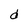
Character: d